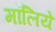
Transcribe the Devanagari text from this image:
मॉलिये